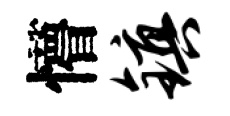
懵镇